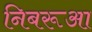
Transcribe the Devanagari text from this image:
निबरूआ